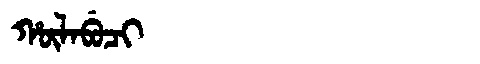
Manchu: ᡥᡡᠯᠠᠪᡠᠴᡳ
Romanization: HŪLABUCI